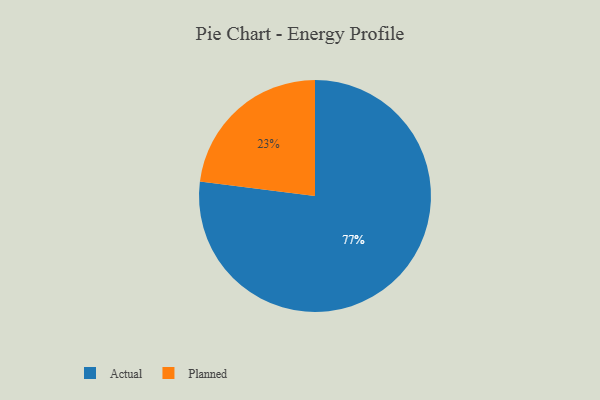
{"axis": {"x": "Category", "y": "Percentage"}, "legend": ["Actual", "Planned"], "data": [{"x": "Planned", "y": 23, "type": "Planned"}, {"x": "Actual", "y": 77, "type": "Actual"}]}